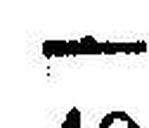
—